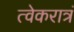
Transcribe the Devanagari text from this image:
त्वेकरात्रं